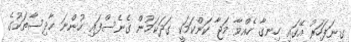
ގިނަފަހަރު އޭގައި ހިނގާ ހެއްވާ މަޖާ ކަންކަމަކީ ގަދަކަމުން ގެނެސްފައި ހުންނަ ހާދިސާތަކުގެ